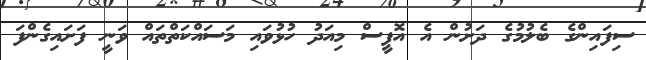
ސިފައިންގެ ބެލުމުގެ ދަށުން އެ އޮފީސް މިއަދު ހުޅުވައި މަސައްކަތްތައް ވަނީ ފަށައިގެންފަ